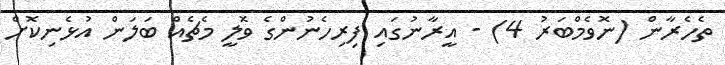
ތެހެރާން (ނޮވެމްބަރު 4) - އީރާނުގައި ފިރިހެނުންގެ ވޮލީ މެޗެއް ބަލަން އުޅެނިކޮށް